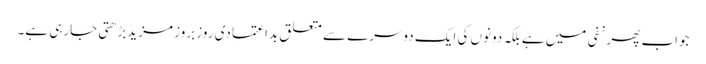
جواب پھر نفی میں ہے بلکہ دونوں کی ایک دوسرے سے متعلق بداعتمادی روز بروز مزیدبڑھتی جارہی ہے۔